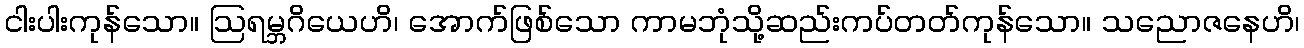
ငါးပါးကုန်သော။ ဩရမ္ဘဂိယေဟိ၊ အောက်ဖြစ်သော ကာမဘုံသို့ဆည်းကပ်တတ်ကုန်သော။ သညောဇနေဟိ၊